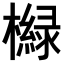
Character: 𣝵